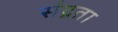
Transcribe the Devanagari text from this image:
संद्रता